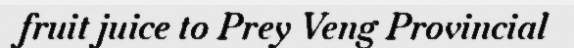
fruit juice to Prey Veng Provincial